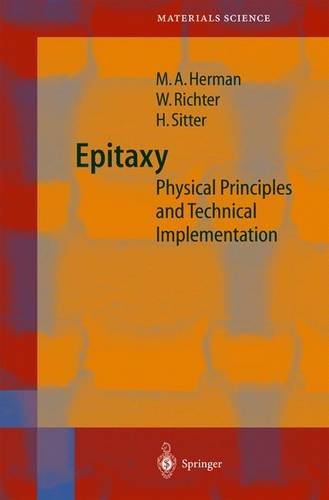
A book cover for Epitaxy: Physical Foundation and Technical Implementation; Marian A. Herman; Science & Math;